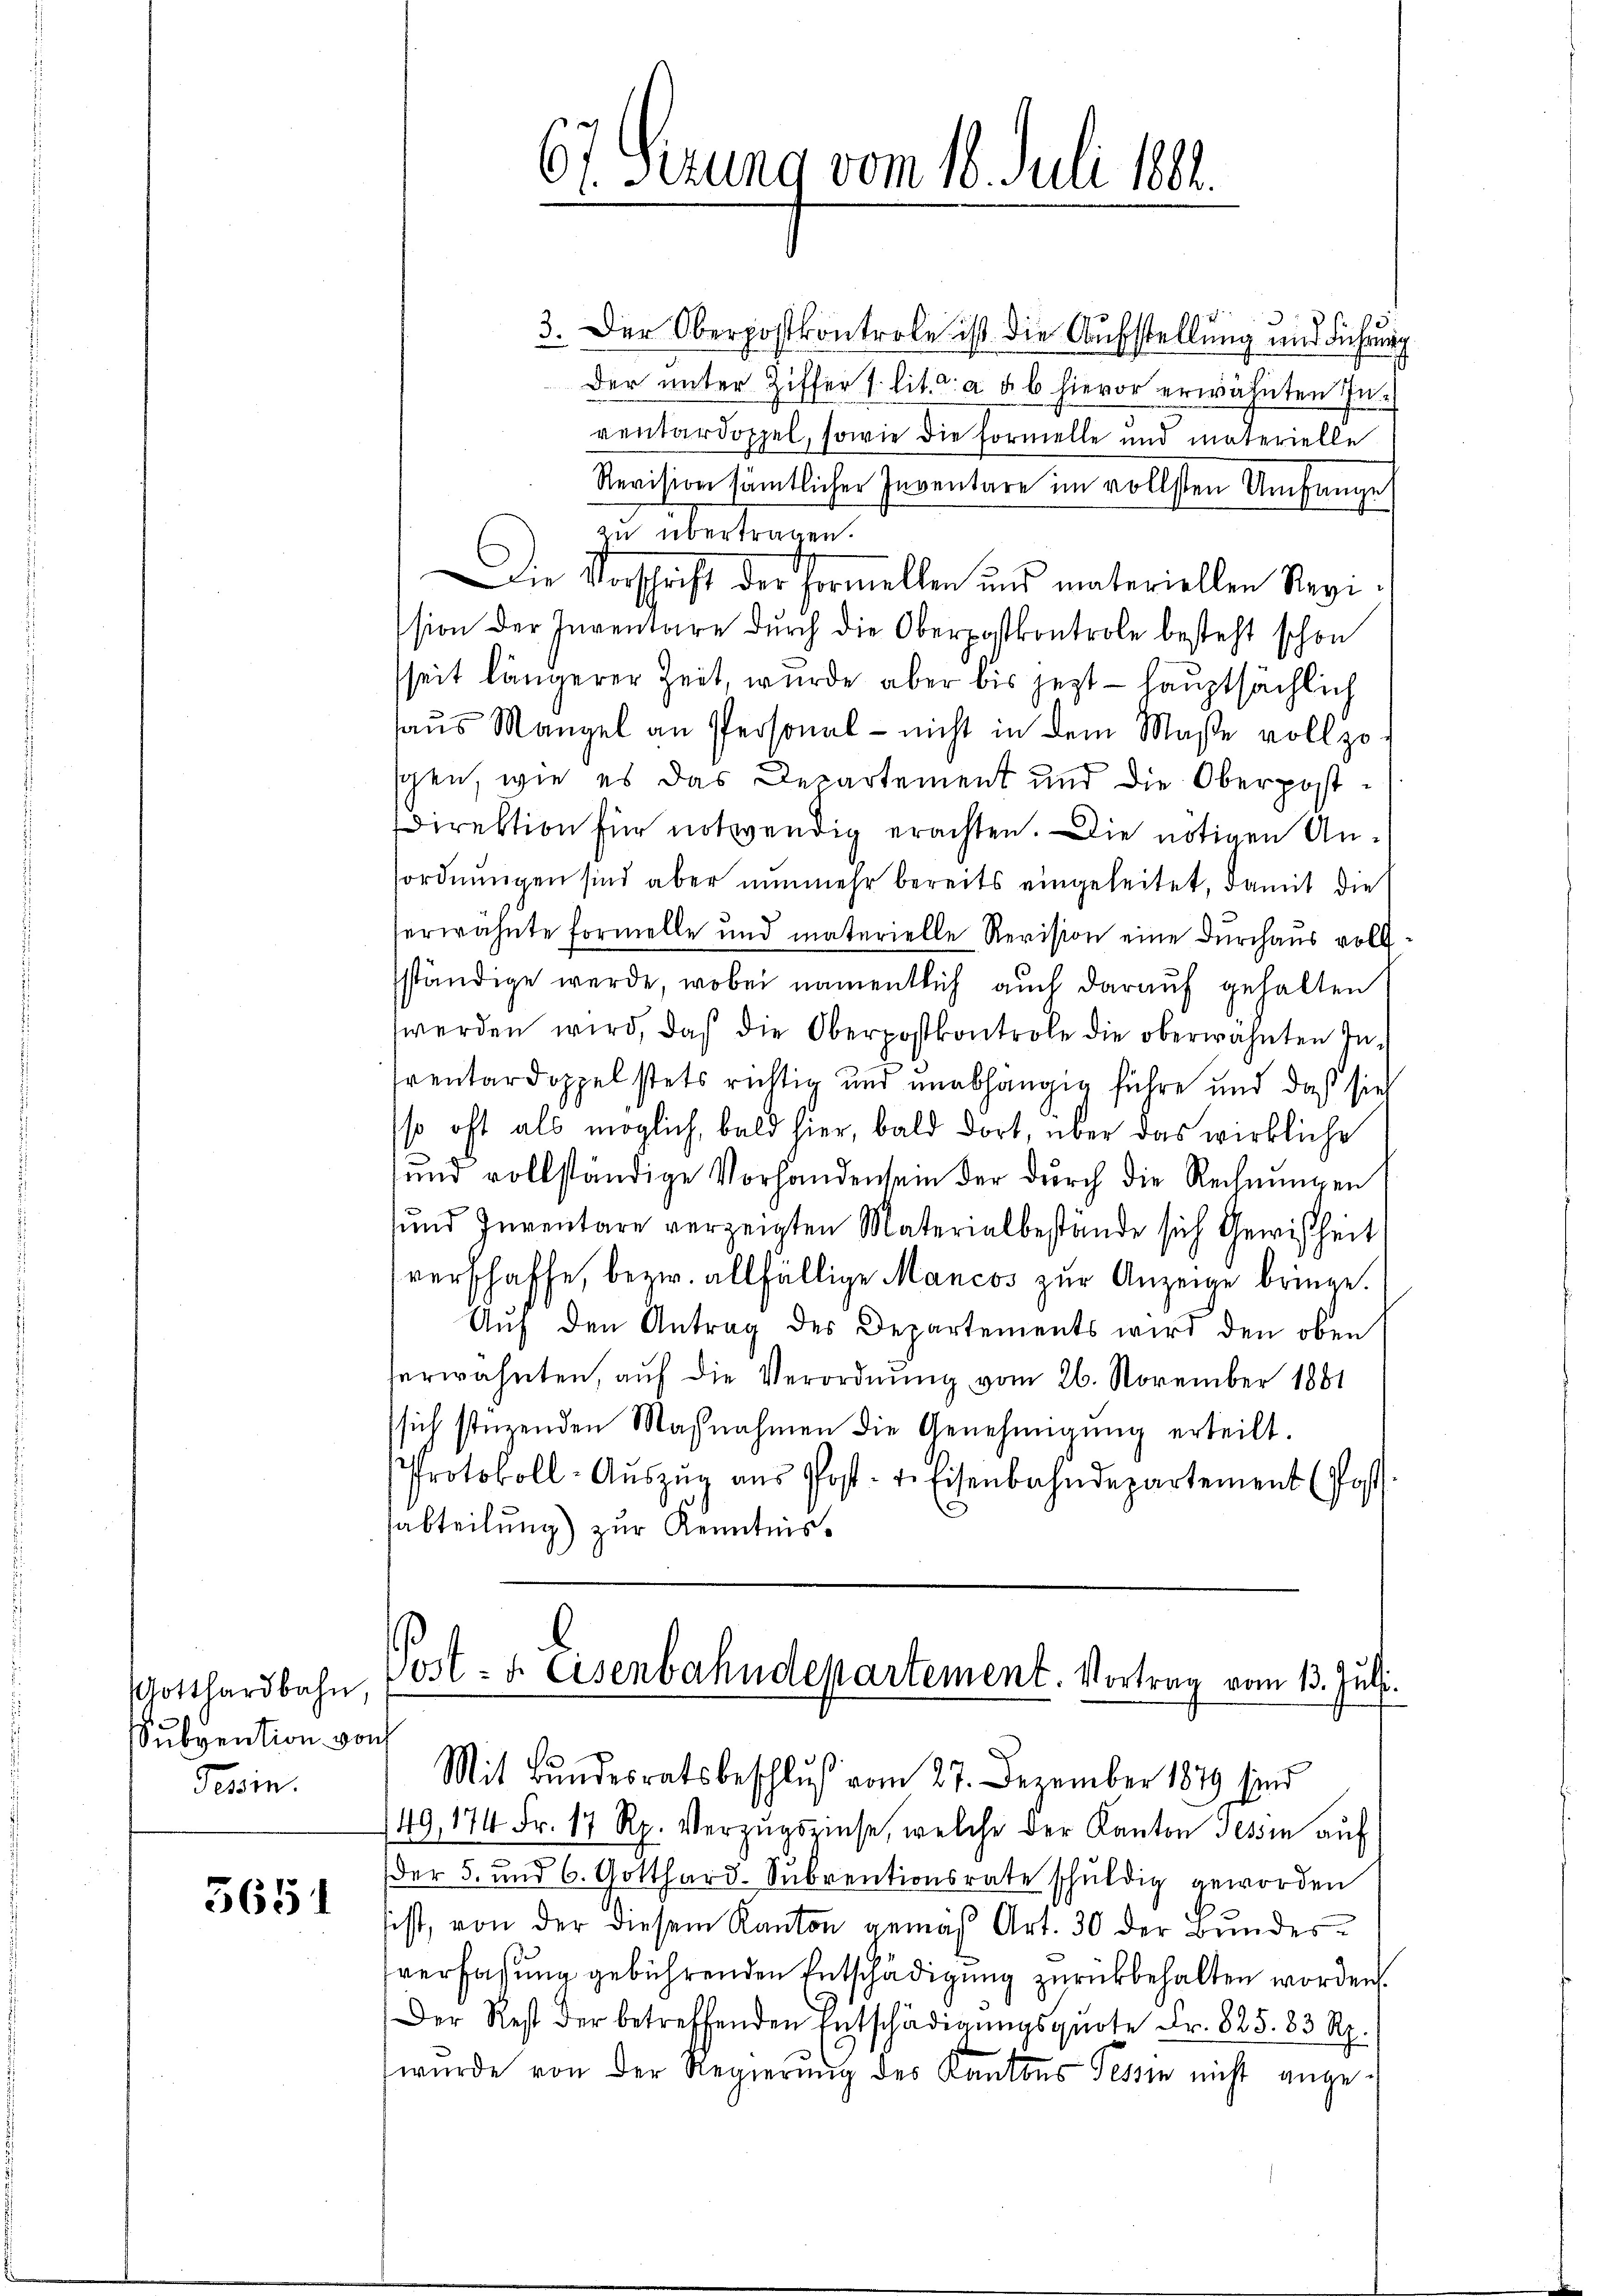
Gotthardbahn,
Subvention von
Tessin.

5651

3. Der Oberpostkontrole ist die Aufstellung und Führung
der unter Ziffer u. lit. a u. b hievor erwähnten Inventardoppel, sowie die Formelle und materielle
Revision sämtlicher Inventare im vollsten Umfange
in übertragen.
Die Vorschrift der Formellen und materiellen Regission der Inventare durch die Oberpostkontrole besteht schon
seit längerer Zeit wurde aber bis jetzt - hauptsächlich
haus Mangel an Personal - nicht in dem Maße vollzog
sen, wie es das Departement und die Oberpost¬
Direktion für notwendig erachten. Die nötigen Ansordnungen sind aber nunmehr bereits eingeleitet, damit die
herwähnte formelle und materielle Revision eine Durchaus voll
sständige werde, wobei namentlich auch darauf gehalten
werden wird, daß die Oberpostkontrole die oberwähnten In¬
Prentardoppelstets richtig und unabhängig führe und daß sieh
sso oft als möglich, bald hier, bald dort, über das wirkliche
und vollständige Vorhandensein der dŭrch die Rechnŭngen
sund Inventare verzeigten Materialbestände sich Gewißheit
verschaffe, bezw. allfällige Mancos zur Anzeige bringe.
Auf den Antrag des Departements wird den oben
herwähnten, aŭf die Verordnŭng vom 26. November 1881
sich stüzenden Maβnahmen die Genehmigŭng erteilt.
Protokoll-Aŭszŭg aŭs Post- u. Eisenbahndepartement (Post
abteilung) zur Kenntnis¬

67. Ferung vom 18. Juli 1881.

149, 174 Fr. 17 Rp. Verzugszinse, welche der Kanton Tessin auf
der 5. und 6. Gotthard-Sŭbventionsrate schuldig geworden
fest, von der diesem Kanton gemäß Art. 30 der Bundes-
verfassung gebührenden Entschädigung zurückbehalten worden.
Der Rest der betreffenden Entschädigŭngsquote Fr. 825. 83 Rp.
wurde von der Regierŭng des Kantons Tessin nicht ange¬

Post- & Eisenbahndepartement. Vortrag vom 13. Juli.
Mit Bundesratsbeschluß vom 27. Dezember 1849 sind